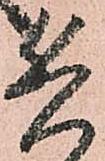
兵